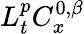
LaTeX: L_{t}^{p}C_{x}^{0,\beta}